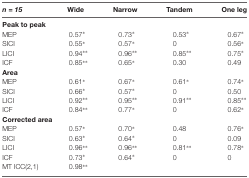
<table><thead><tr><td><b><i>n = 15</i></b></td><td><b>Wide</b></td><td><b>Narrow</b></td><td><b>Tandem</b></td><td><b>One leg</b></td></tr></thead><tbody><tr><td><b>Peak to peak</b></td><td></td><td></td><td></td><td></td></tr><tr><td>MEP</td><td>0.57*</td><td>0.73*</td><td>0.53*</td><td>0.67*</td></tr><tr><td>SICI</td><td>0.55*</td><td>0.57*</td><td>0</td><td>0.56*</td></tr><tr><td>LICI</td><td>0.94**</td><td>0.96**</td><td>0.85**</td><td>0.75*</td></tr><tr><td>ICF</td><td>0.85**</td><td>0.65*</td><td>0.30</td><td>0.49</td></tr><tr><td><b>Area</b></td><td></td><td></td><td></td><td></td></tr><tr><td>MEP</td><td>0.61*</td><td>0.67*</td><td>0.61*</td><td>0.74*</td></tr><tr><td>SICI</td><td>0.66*</td><td>0.57*</td><td>0</td><td>0.50</td></tr><tr><td>LICI</td><td>0.92**</td><td>0.95**</td><td>0.91**</td><td>0.85**</td></tr><tr><td>ICF</td><td>0.84**</td><td>0.77*</td><td>0</td><td>0.62*</td></tr><tr><td><b>Corrected area</b></td><td></td><td></td><td></td><td></td></tr><tr><td>MEP</td><td>0.57*</td><td>0.70*</td><td>0.48</td><td>0.76*</td></tr><tr><td>SICI</td><td>0.63*</td><td>0.64*</td><td>0</td><td>0.09</td></tr><tr><td>LICI</td><td>0.96**</td><td>0.96**</td><td>0.81**</td><td>0.78*</td></tr><tr><td>ICF</td><td>0.73*</td><td>0.64*</td><td>0</td><td>0</td></tr><tr><td>MT ICC(2,1)</td><td>0.98**</td><td></td><td></td><td></td></tr></tbody></table>